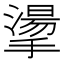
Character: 𢴳